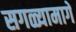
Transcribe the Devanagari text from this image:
सगळ्यामागे